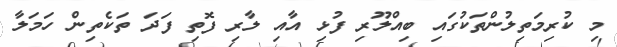
މި ކުރިމަތިލުންތަކުގައި ބިއްލޫރި ފުޅި އާއި ލާރި ފޮތި ފަދަ ތަކެތިން ހަމަލާ